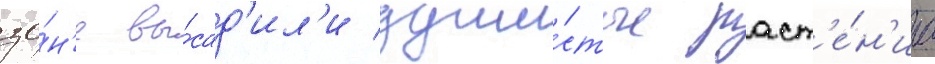
зо́н'е вы́сад'ил'и души́стые раст'е́н'иа